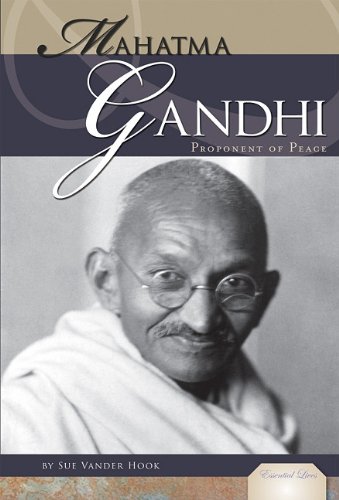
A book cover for Mahatma Gandhi: Proponent of Peace (Essential Lives); Sue Vander Hook; Teen & Young Adult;